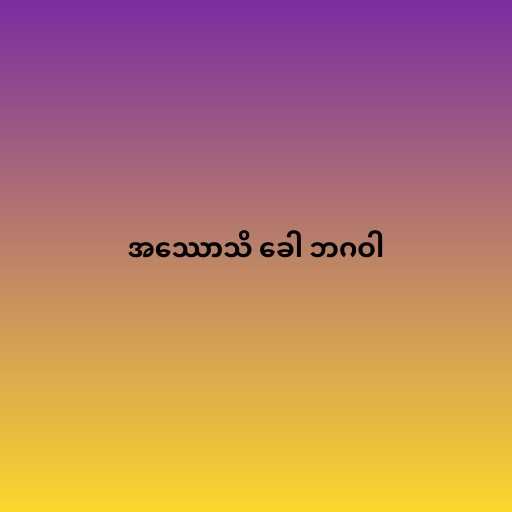
အဿောသိ ခေါ ဘဂဝါ